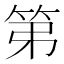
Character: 第